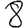
Digit: 8